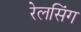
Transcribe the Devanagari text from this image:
रेलसिंग